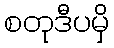
စတုဒီပမှိ